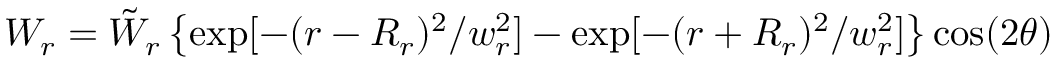
W _ { r } = \tilde { W } _ { r } \left\{ \exp [ - ( r - R _ { r } ) ^ { 2 } / w _ { r } ^ { 2 } ] - \exp [ - ( r + R _ { r } ) ^ { 2 } / w _ { r } ^ { 2 } ] \right\} \cos ( 2 \theta )